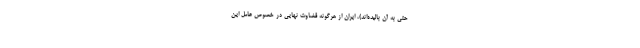
حتی به آن بالیده‌اند)، ایران از هرگونه قضاوت نهایی در خصوص عامل این